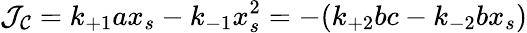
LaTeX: {\cal J_{C}}=k_{+1}ax_{s}-k_{-1}x_{s}^{2}=-(k_{+2}bc-k_{-2}bx_{s})